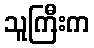
သူကြီးက